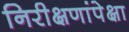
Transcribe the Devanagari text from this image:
निरीक्षणांपेक्षा